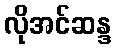
လိုအင်ဆန္ဒ